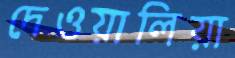
দেওয়ালিয়া